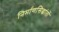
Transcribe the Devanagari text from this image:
निर्माणसिद्धांतों